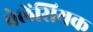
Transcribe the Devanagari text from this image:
वेलेंसियक